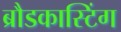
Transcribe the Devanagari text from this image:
ब्रौडकास्टिंग